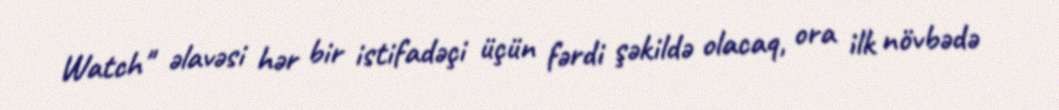
Watch" əlavəsi hər bir istifadəçi üçün fərdi şəkildə olacaq, ora ilk növbədə